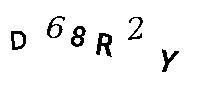
D68R2Y